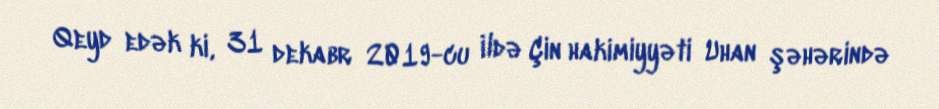
Qeyd edək ki, 31 dekabr 2019-cu ildə Çin hakimiyyəti Uhan şəhərində